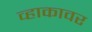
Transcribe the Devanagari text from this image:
व्हाकावर